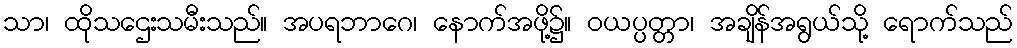
သာ၊ ထိုသဌေးသမီးသည်။ အပရဘာဂေ၊ နောက်အဖို့၌။ ဝယပ္ပတ္တာ၊ အချိန်အရွယ်သို့ ရောက်သည်